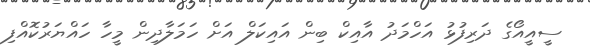
ސީއީއޯގެ ދަރިފުޅު އަހްމަދު އާއިކް ބިން އައިކަލް އަށް ހަމަލާދިން މީހާ ހައްޔަރުކޮއްފި